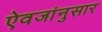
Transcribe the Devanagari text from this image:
ऐवजांनुसार